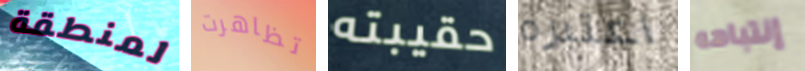
لمنطقة تظاهرت حقيبته اعتبره إنتباهه